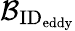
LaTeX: \mathcal{B}_{\textrm{ID}_{\textrm{eddy}}}